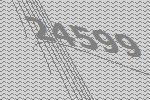
24599